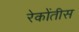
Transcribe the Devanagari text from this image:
रेकोंतीस